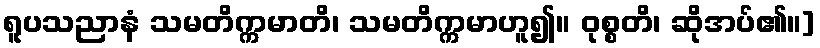
ရူပသညာနံ သမတိက္ကမာတိ၊ သမတိက္ကမာဟူ၍။ ဝုစ္စတိ၊ ဆိုအပ်၏။]